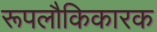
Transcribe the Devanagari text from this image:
रूपलौकिकारक